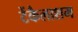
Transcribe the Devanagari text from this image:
टेंकैलाशम